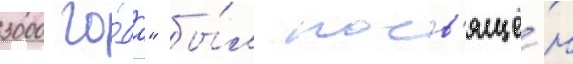
3000 го́да" бы́л посв'ящё́н